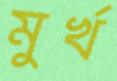
মুর্খ